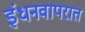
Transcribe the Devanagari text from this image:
इंधनवापरात